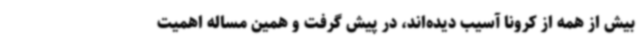
بیش از همه از کرونا آسیب دیده‌اند، در پیش گرفت و همین مساله اهمیت